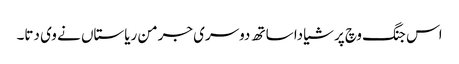
اس جنگ وچ پرشیا دا ساتھ دوسری جرمن ریاستاں نے وی دتا۔